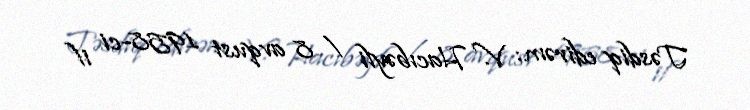
Təsdiq edirəm: V. Hacıbəyli / 8 avqust 1958-ci il